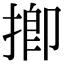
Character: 揤